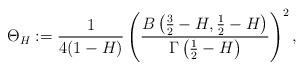
LaTeX: \begin{align*} \Theta_H :=\frac{1}{4(1-H)}\left(\frac{B\left(\frac32-H,\frac12-H\right)}{\Gamma\left(\frac12-H\right)}\right)^2,\end{align*}